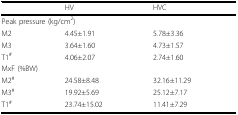
|  | HV | HVC |
 | --- | --- | --- |
 | <COLSPAN=3> Peak pressure (kg/cm2) |
 | M2 | 4.45±1.91 | 5.78±3.36 |
 | M3 | 3.64±1.60 | 4.73±1.57 |
 | T1# | 4.06±2.07 | 2.74±1.60 |
 | <COLSPAN=3> MxF (%BW) |
 | M2# | 24.58±8.48 | 32.16±11.29 |
 | M3# | 19.92±5.69 | 25.12±7.17 |
 | T1# | 23.74±15.02 | 11.41±7.29 |